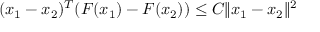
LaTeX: ( x _ { 1 } - x _ { 2 } ) ^ { T } ( F ( x _ { 1 } ) - F ( x _ { 2 } ) ) \leq C \Vert x _ { 1 } - x _ { 2 } \Vert ^ { 2 }